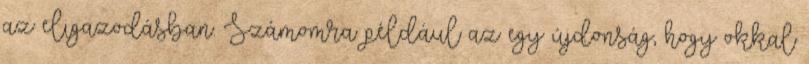
az eligazodásban. Számomra például az egy újdonság, hogy okkal